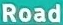
Road